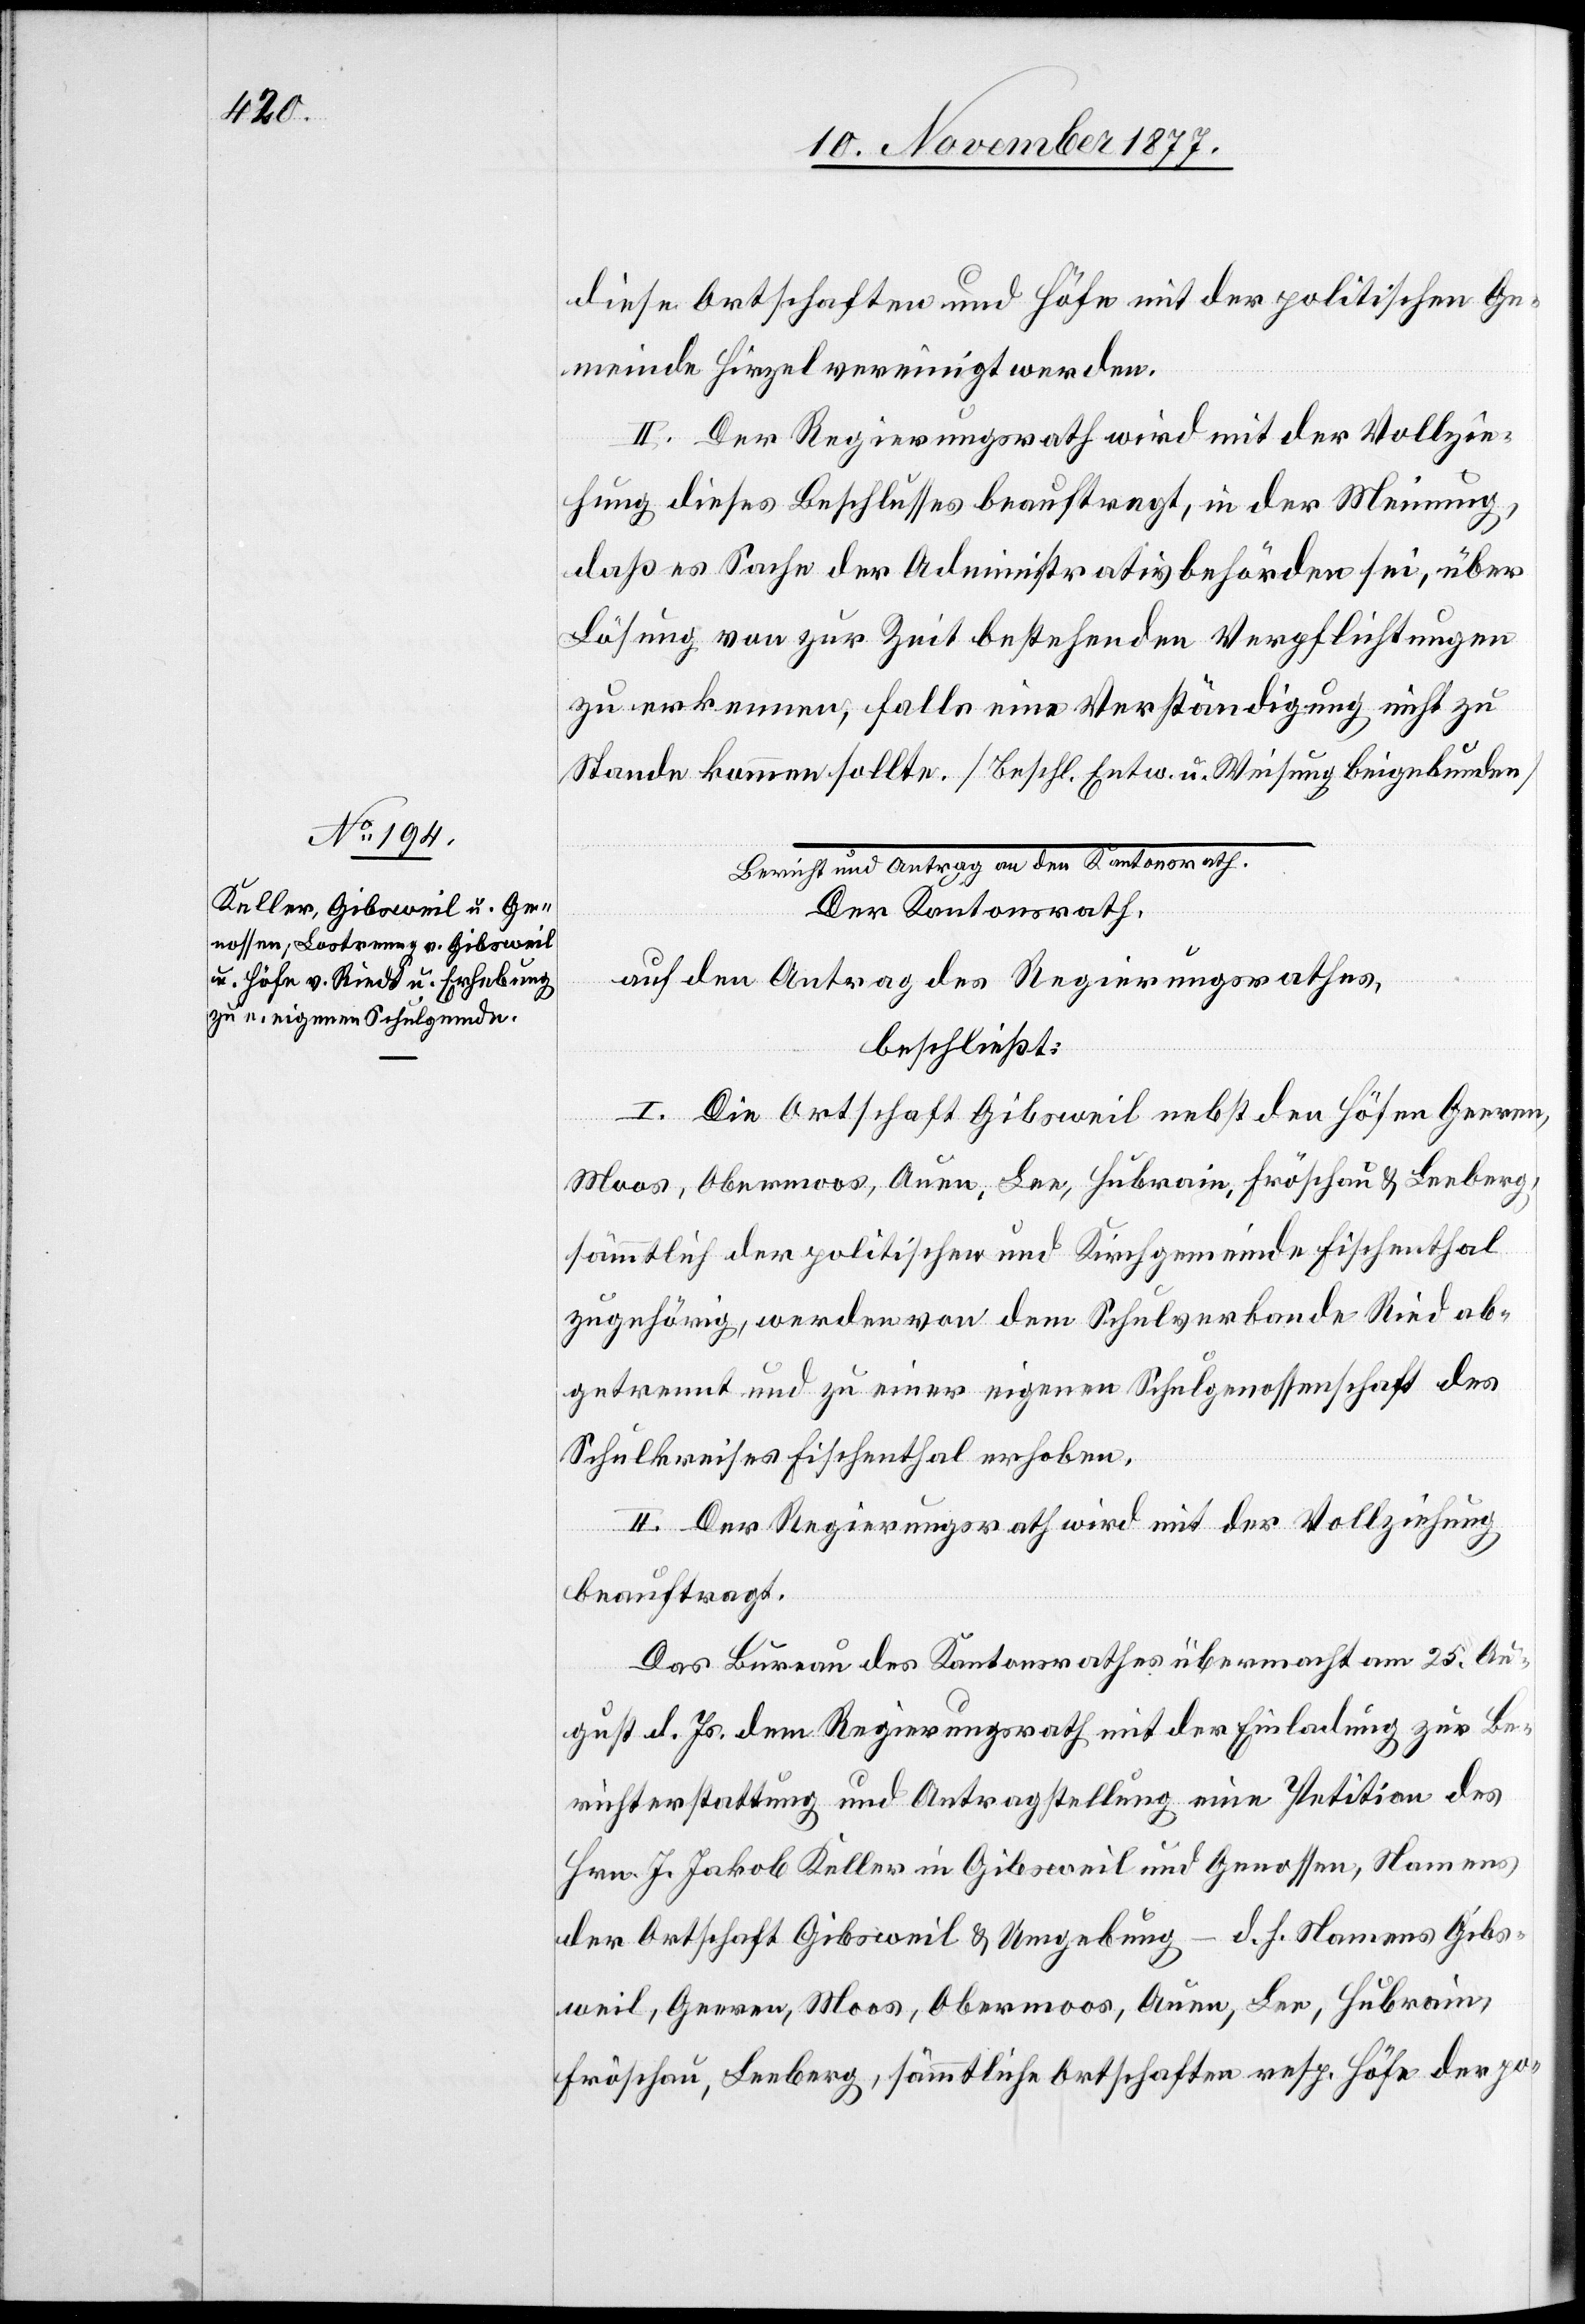
diese Ortschaften und Höfe mit der politischen Ge¬
meinde Hirzel vereinigt werden.
II. Der Regierungsrath wird mit der Vollzie¬
hung dieses Beschlusses beauftragt, in der Meinung,
daß es Sache der Administrativbehörden sei, über
Lösung von zur Zeit bestehenden Verpflichtungen
zu erkennen, falls eine Verständigung nicht zu
Stande kommen sollte. [Beschl. Entw. u. Weisung beigebunden]
Bericht und Antrag an den Kantonsrath.
Der Kantonsrath,
auf den Antrag des Regierungsrathes,
beschließt:
I. Die Ortschaft Gibsweil nebst den Höfen Geeren,
Moos, Obermoos, Auen, Lee, Hubrain, Fröschau & Leeberg,
sämmtlich der politischen und Kirchgemeinde Fischenthal
zugehörig, werden von dem Schulverbande Ried ab¬
getrennt und zu einer eigenen Schulgenossenschaft des
Schulkreises Fischenthal erhoben.
II. Der Regierungsrath wird mit der Vollziehung
beauftragt.
Das Bureau des Kantonsrathes übermacht am 25. Au¬
gust d. Js. dem Regierungsrath mit der Einladung zur Be¬
richterstattung und Antragstellung eine Petition des
Hrn. J. Jakob Keller in Gibsweil und Genossen, Namens
der Ortschaft Gibsweil & Umgebung – d. h. Namens Gibs¬
weil, Geeren, Moos, Obermoos, Auen, Lee, Hubrain,
Fröschau, Leeberg, sämmtliche Ortschaften resp. Höfe der po-